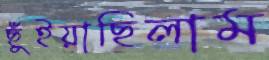
ছুঁইয়াছিলাম